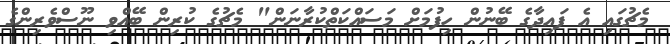
މެޗުގައި އެ ފައިދާގެ ބޭނުން ހިފުމަށް މަސައްކަތްކުރާނަން" މެޗުގެ ކުރިން ބޭއްވި ނޫސްވެރިންގެ